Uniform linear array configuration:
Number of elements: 48
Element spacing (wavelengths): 0.5
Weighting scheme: cosine
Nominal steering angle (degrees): -60
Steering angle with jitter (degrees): -58.209
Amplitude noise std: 0.05
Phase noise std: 0.05

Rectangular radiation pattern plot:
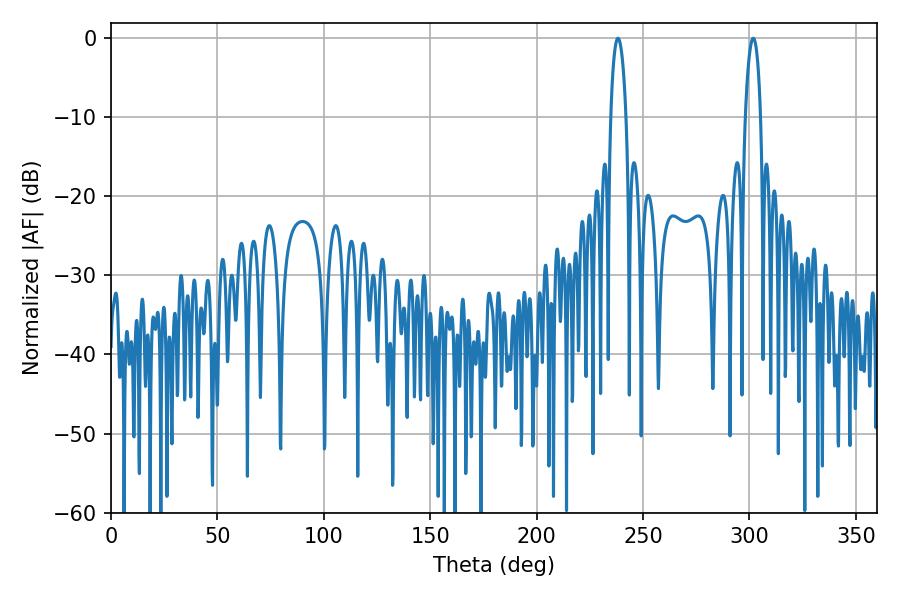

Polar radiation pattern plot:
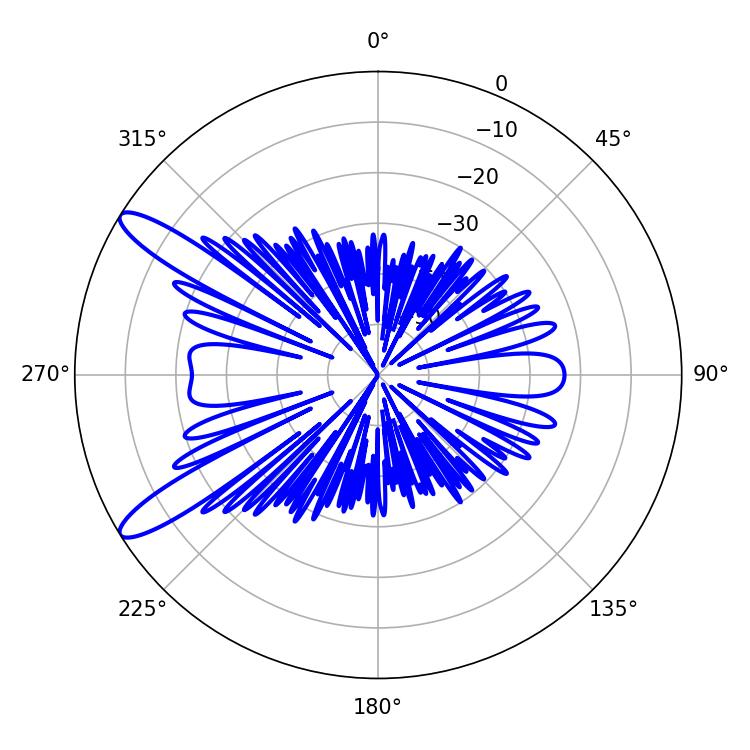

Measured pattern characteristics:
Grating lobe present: FALSE
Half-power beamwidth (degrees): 4.14
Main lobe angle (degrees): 301.86